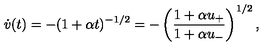
\dot { v } ( t ) = - ( 1 + \alpha t ) ^ { - 1 / 2 } = - \left( { \frac { 1 + \alpha u _ { + } } { 1 + \alpha u _ { - } } } \right) ^ { 1 / 2 } ,